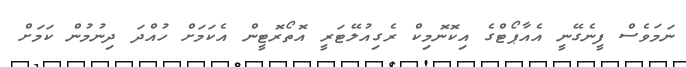
ނަމަވެސް ފީނެގޭނީ އެއާޕޯޓްގެ އިކޮނޮމިކް ރެގިއުލޭޓަރީ އޮތޯރޮޓީން އެކަމަށް ހުއްދަ ދިނުމުން ކަމަށް